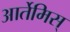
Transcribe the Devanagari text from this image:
आर्तेमिस्‌